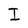
Character: I